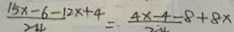
\frac { 1 5 x - 6 - 1 2 x + 4 } { 2 4 } = \frac { 4 x - 4 - 8 + 8 x } { 2 4 }